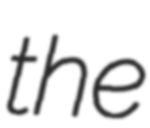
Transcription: the